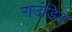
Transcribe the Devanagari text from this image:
राउंडिड